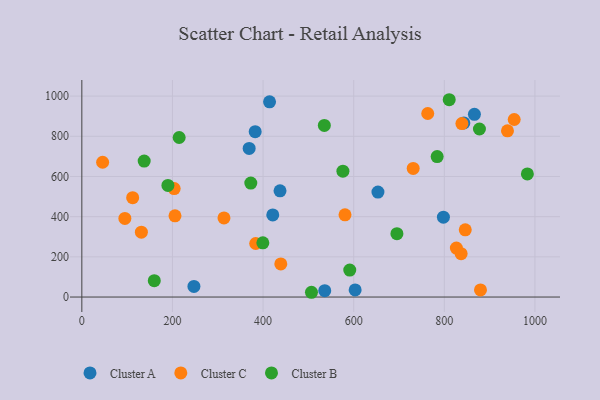
{"axis": {"x": "Ad Spend", "y": "Demand"}, "legend": ["Cluster A", "Cluster B", "Cluster C"], "data": [{"x": "536.1", "y": 31.8, "type": "Cluster A"}, {"x": "247.4", "y": 52.8, "type": "Cluster A"}, {"x": "866.4", "y": 909.3, "type": "Cluster A"}, {"x": "414.3", "y": 971.7, "type": "Cluster A"}, {"x": "369.3", "y": 739.6, "type": "Cluster A"}, {"x": "653.5", "y": 522.6, "type": "Cluster A"}, {"x": "421.4", "y": 408.6, "type": "Cluster A"}, {"x": "603.2", "y": 35.5, "type": "Cluster A"}, {"x": "798.0", "y": 397.7, "type": "Cluster A"}, {"x": "843.1", "y": 866.6, "type": "Cluster A"}, {"x": "382.6", "y": 823.0, "type": "Cluster A"}, {"x": "437.4", "y": 528.7, "type": "Cluster A"}, {"x": "826.6", "y": 243.5, "type": "Cluster C"}, {"x": "939.4", "y": 827.1, "type": "Cluster C"}, {"x": "846.2", "y": 334.4, "type": "Cluster C"}, {"x": "205.6", "y": 404.3, "type": "Cluster C"}, {"x": "112.2", "y": 494.4, "type": "Cluster C"}, {"x": "45.9", "y": 670.9, "type": "Cluster C"}, {"x": "439.1", "y": 164.6, "type": "Cluster C"}, {"x": "763.4", "y": 913.5, "type": "Cluster C"}, {"x": "203.8", "y": 539.7, "type": "Cluster C"}, {"x": "131.4", "y": 322.9, "type": "Cluster C"}, {"x": "580.8", "y": 409.3, "type": "Cluster C"}, {"x": "731.3", "y": 640.1, "type": "Cluster C"}, {"x": "954.2", "y": 883.7, "type": "Cluster C"}, {"x": "383.7", "y": 266.4, "type": "Cluster C"}, {"x": "313.7", "y": 393.5, "type": "Cluster C"}, {"x": "837.1", "y": 216.0, "type": "Cluster C"}, {"x": "95.0", "y": 391.2, "type": "Cluster C"}, {"x": "879.8", "y": 35.4, "type": "Cluster C"}, {"x": "838.8", "y": 863.4, "type": "Cluster C"}, {"x": "190.0", "y": 555.7, "type": "Cluster B"}, {"x": "399.5", "y": 270.0, "type": "Cluster B"}, {"x": "372.9", "y": 567.4, "type": "Cluster B"}, {"x": "137.6", "y": 676.5, "type": "Cluster B"}, {"x": "535.2", "y": 854.3, "type": "Cluster B"}, {"x": "810.8", "y": 982.0, "type": "Cluster B"}, {"x": "877.5", "y": 836.3, "type": "Cluster B"}, {"x": "576.2", "y": 626.5, "type": "Cluster B"}, {"x": "159.9", "y": 81.2, "type": "Cluster B"}, {"x": "784.2", "y": 699.1, "type": "Cluster B"}, {"x": "983.3", "y": 612.6, "type": "Cluster B"}, {"x": "591.3", "y": 134.1, "type": "Cluster B"}, {"x": "695.4", "y": 315.3, "type": "Cluster B"}, {"x": "506.8", "y": 23.7, "type": "Cluster B"}, {"x": "214.8", "y": 794.1, "type": "Cluster B"}]}